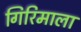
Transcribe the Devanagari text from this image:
गिरिमाला